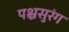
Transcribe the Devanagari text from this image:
पश्चसुरंग